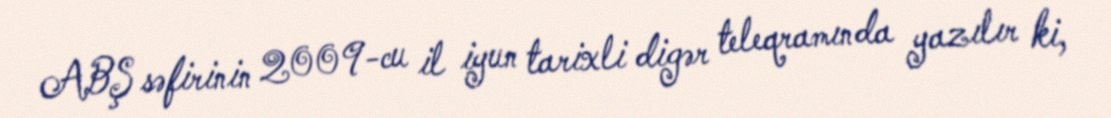
ABŞ səfirinin 2009-cu il iyun tarixli digər teleqramında yazılır ki,